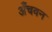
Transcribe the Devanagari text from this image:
अँचवन